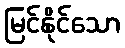
မြင်နိုင်သော